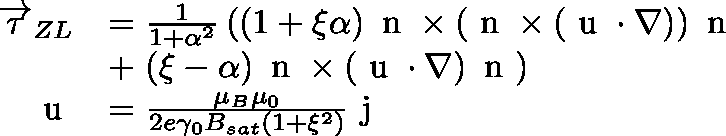
\begin{array} { r l } { \overrightarrow { \tau } _ { Z L } } & { = \frac { 1 } { 1 + \alpha ^ { 2 } } \left( \left( 1 + \xi \alpha \right) \mathrm { \boldmath ~ n ~ } \times \left( \mathrm { \boldmath ~ n ~ } \times \left( \mathrm { \boldmath ~ u ~ } \cdot \nabla \right) \right) \mathrm { \boldmath ~ n ~ } \right. } \\ & { + \left. \left( \xi - \alpha \right) \mathrm { \boldmath ~ n ~ } \times \left( \mathrm { \boldmath ~ u ~ } \cdot \nabla \right) \mathrm { \boldmath ~ n ~ } \right) } \\ { \mathrm { \boldmath ~ u ~ } } & { = \frac { \mu _ { B } \mu _ { 0 } } { 2 e \gamma _ { 0 } B _ { s a t } \left( 1 + \xi ^ { 2 } \right) } \mathrm { \boldmath ~ j ~ } } \end{array}